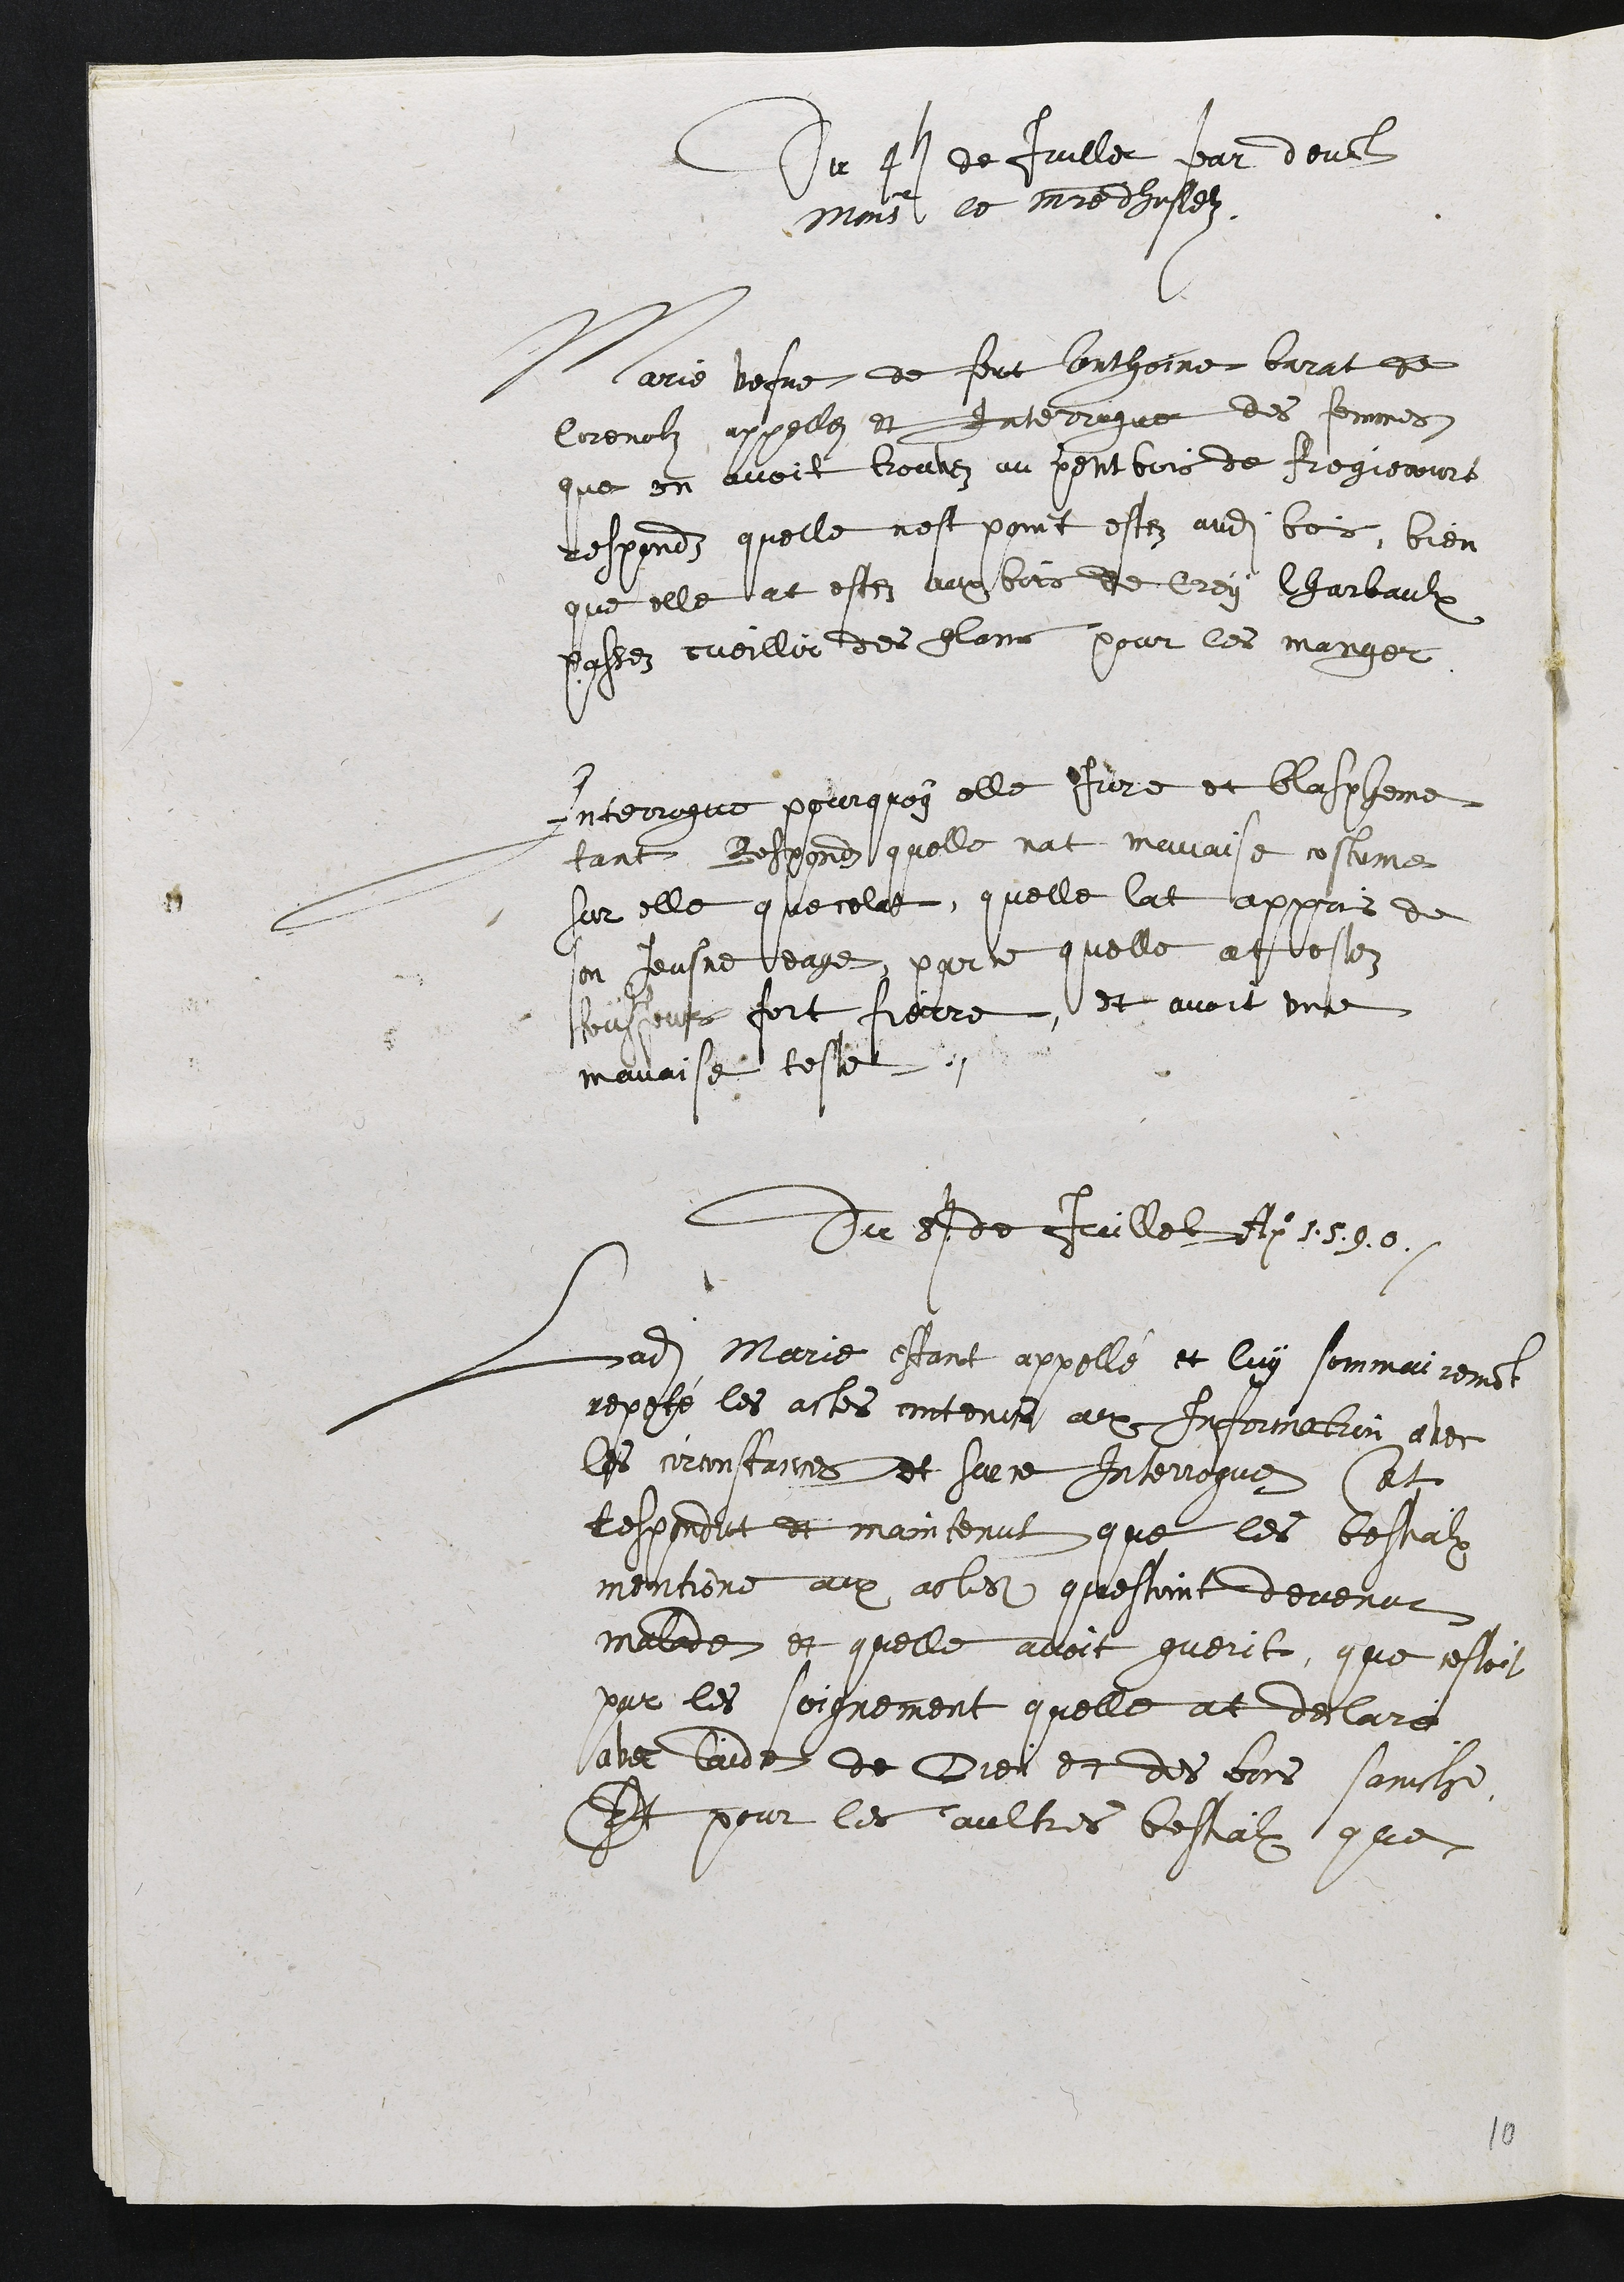
Du 4 de Juille par deuct
Monsieur le maitre dhustez
Carrs vesve de fout Couthoine barat de
Corenolz appellez et Interrogue des femmes
que en avoit trouvez au pent bois de Fregiecours
respondz quelle nest point estez audit bois, bien
que elle at estez aupbois de Grey lharbaulx
passez cueillir des Flans pour les manger
Interrogue pourquoy elle Jure et blaspheme
tant Respond quelle nat mavaise costume
sur elle que celat, quelle lat appris de
son Jeusne eage, par ce quelle atestez
sousjours fort fierre, et avoit une
mavaise teste.
Du 8 de Juillet Ai 1590.
Ladite Marie estant appellé et luy sommairement
repeté les actes contenir au Information avec
les circonstances et sur ce Interrogue et
Respondut et maintenut que les bestialx
mentions aux acles questoint devenut
malade et quelle avoit guerit, que cestoit
par les soignement quelle at declaré
avec laide de Dieu et des bors saincts
Et pour les aultres bestialx que